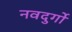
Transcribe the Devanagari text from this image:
नवदुर्गो